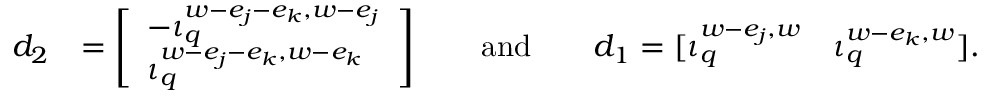
\begin{array} { r l } { d _ { 2 } } & { = \left[ \begin{array} { l } { - \iota _ { q } ^ { w - e _ { j } - e _ { k } , w - e _ { j } } } \\ { \iota _ { q } ^ { w - e _ { j } - e _ { k } , w - e _ { k } } } \end{array} \right] \qquad \mathrm { a n d } \qquad d _ { 1 } = [ \iota _ { q } ^ { w - e _ { j } , w } \quad \iota _ { q } ^ { w - e _ { k } , w } ] . } \end{array}